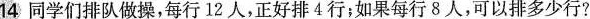
14.同学们排队做操，每行12人，正好排4行；如果每行8人，可以排多少行?